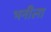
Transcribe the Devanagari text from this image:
भनीला